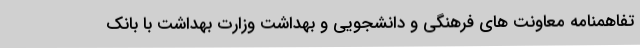
تفاهمنامه معاونت های فرهنگی و دانشجویی و بهداشت وزارت بهداشت با بانک